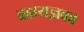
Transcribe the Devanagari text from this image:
ब्रह्मयज्ञका